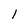
Character: 1